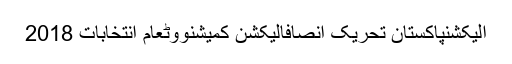
الیکشنپاکستان تحریک انصافالیکشن کمیشنووٹعام انتخابات 2018